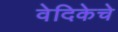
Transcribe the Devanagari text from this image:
वेदिकेचे